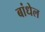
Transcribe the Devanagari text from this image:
बांधेल